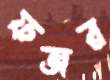
ফজর